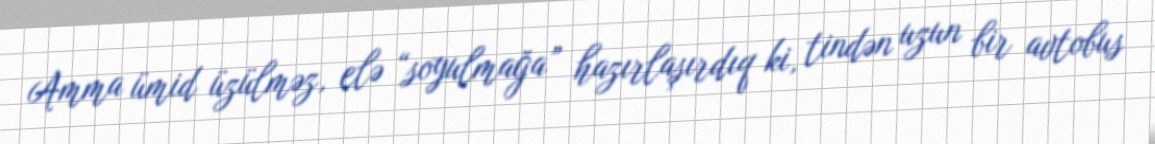
Amma ümid üzülməz, elə “soyulmağa” hazırlaşırdıq ki, tindən uzun bir avtobus